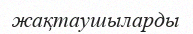
жақтаушыларды